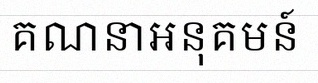
គណនាអនុគមន៍